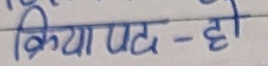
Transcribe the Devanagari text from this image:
क्रिया पद - हो